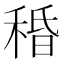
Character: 𥟴